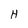
Character: H